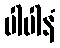
ပါပါနံ